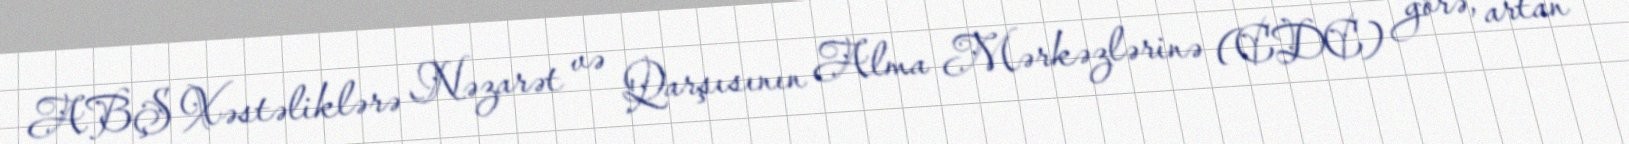
ABŞ Xəstəliklərə Nəzarət və Qarşısının Alma Mərkəzlərinə (CDC) görə, artan